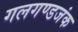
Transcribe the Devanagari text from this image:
गलगण्डजंक